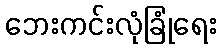
ဘေးကင်းလုံခြုံရေး